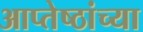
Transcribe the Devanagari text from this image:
आप्‍तेष्ठांच्या